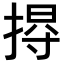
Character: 𢰐